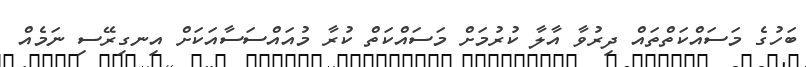
ބަހުގެ މަސައްކަތްތައް ދިރުވާ އާލާ ކުރުމަށް މަސައްކަތް ކުރާ މުއައްސަސާއަކަށް އިނގިރޭސި ނަމެއް